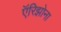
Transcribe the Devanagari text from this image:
ऍरिझोना